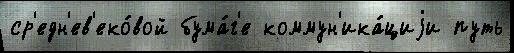
ср'едн'ев'еко́вой бума́г'е коммун'ика́циjи путь